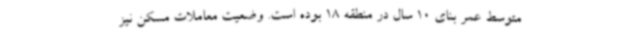
متوسط عمر بنای 10 سال در منطقه 18 بوده است. وضعیت معاملات مسکن نیز